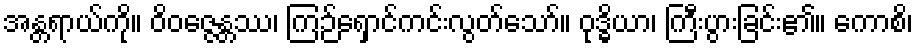
အန္တရာယ်ကို။ ဝိဝဇ္ဇေန္တဿ၊ ကြဉ်ရှောင်ကင်းလွတ်သော်။ ဝုဒ္ဓိယာ၊ ကြီးပွားခြင်း၏။ ကောစိ၊